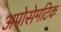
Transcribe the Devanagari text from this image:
अपोसेमटिक